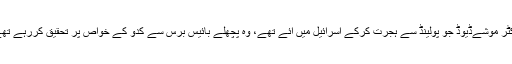
ڈاکٹر موشےڈیوڈ جو پولینڈ سے ہجرت کرکے اسرائیل میں آئے تھے، وہ پچھلے بائیس برس سے کدّو کے خواص پر تحقیق کررہے تھے۔